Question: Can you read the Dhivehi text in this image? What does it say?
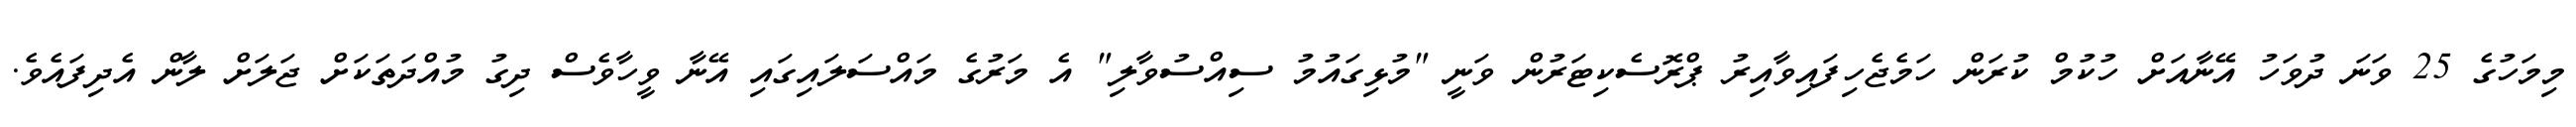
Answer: މިމަހުގެ 25 ވަނަ ދުވަހު އޭނާއަށް ހުކުމް ކުރަން ހަމެޖެހިފައިވާއިރު ޕްރޮސެކިޓަރުން ވަނީ "މުޅިގައުމު ސިއްސުވާލި" އެ މަރުގެ މައްސަލައިގައި އޭނާ ވީހާވެސް ދިގު މުއްދަތަކަށް ޖަލަށް ލާން އެދިފައެވެ.